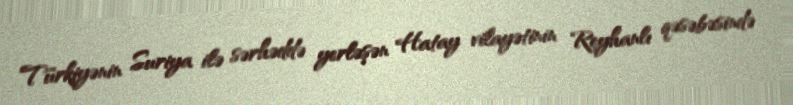
Türkiyənin Suriya ilə sərhəddə yerləşən Hatay vilayətinin Reyhanlı qəsəbəsində